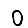
Digit: 0